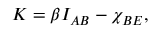
K = \beta { { I } _ { A B } } - { \chi } _ { { B E } } ,